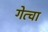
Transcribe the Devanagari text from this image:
गेत्चा